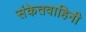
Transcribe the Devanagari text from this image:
संकेतवाहिनी